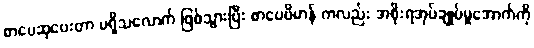
စာပေဆုပေးတာ မရှိသလောက် ဖြစ်သွားပြီး စာပေဗိမာန် ကလည်း အစိုးရအုပ်ချုပ်မှုအောက်ကို